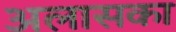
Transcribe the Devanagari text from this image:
अलासका